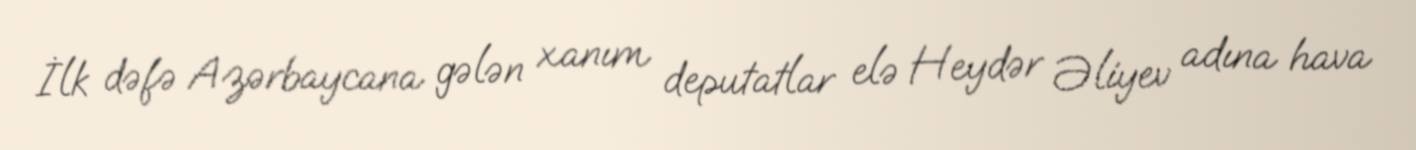
İlk dəfə Azərbaycana gələn xanım deputatlar elə Heydər Əliyev adına hava